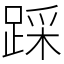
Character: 踩